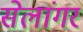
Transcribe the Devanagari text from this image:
सेलांगर